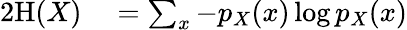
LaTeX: \begin{array}{rl}{{2}\mathrm{H}(X)}&{{}=\sum_{x}{-p_{X}{\left(x\right)}\log{p_{X}{\left(x\right)}}}}\end{array}